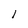
Character: l